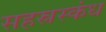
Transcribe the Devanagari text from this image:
सहस्रस्कंध